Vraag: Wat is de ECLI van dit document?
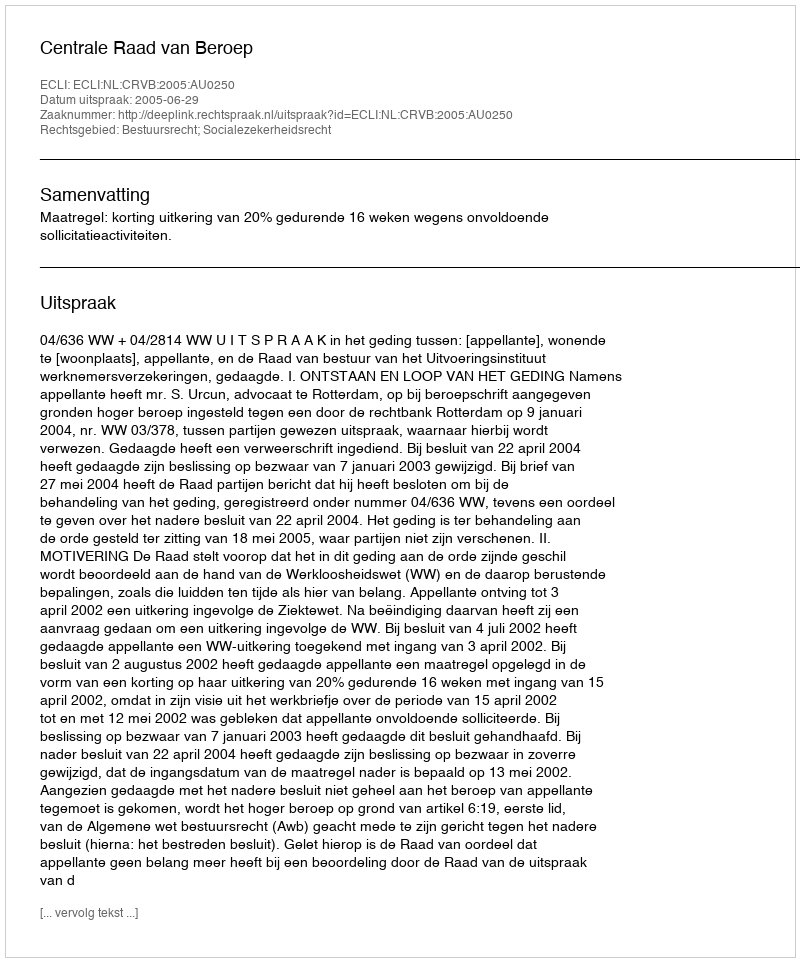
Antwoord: ECLI:NL:CRVB:2005:AU0250